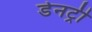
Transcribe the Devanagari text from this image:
डेनट्री